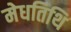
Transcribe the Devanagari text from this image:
मेधतिथि